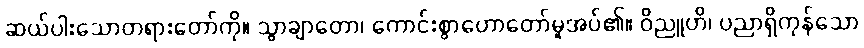
ဆယ်ပါးသောတရားတော်ကို။ သွာချာတော၊ ကောင်းစွာဟောတော်မူအပ်၏။ ဝိညူဟိ၊ ပညာရှိကုန်သော